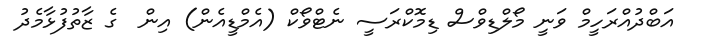
އަބްދުއްރަހީމް ވަނީ މޯލްޑިވްސް ޑިމޮކްރަސީ ނެޓްވޯކް (އެމްޑީއެން) އިން  ގެ ޒާތުފުޅާމެދު